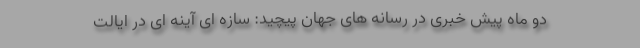
دو ماه پیش خبری در رسانه های جهان پیچید: سازه ای آینه ای در ایالت